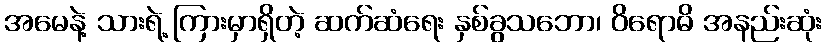
အမေနဲ့ သားရဲ့ ကြားမှာရှိတဲ့ ဆက်ဆံရေး နှစ်ခွသဘော၊ ဝိရောဓိ အနည်းဆုံး